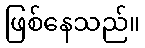
ဖြစ်နေသည်။